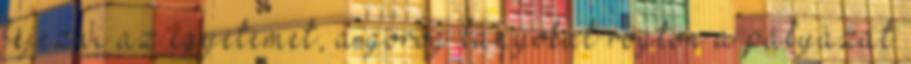
fejezni az egyetemet, a görög lányokat rögtön a pályázat